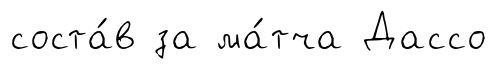
соста́в за ма́тча Дассо